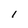
Character: l